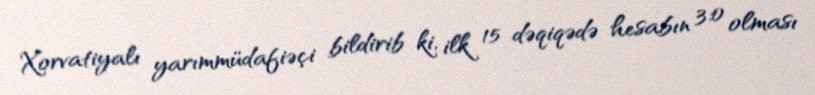
Xorvatiyalı yarımmüdafiəçi bildirib ki, ilk 15 dəqiqədə hesabın 3:0 olması